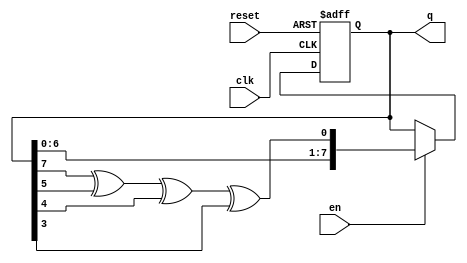
`timescale 1ns / 1ps
//////////////////////////////////////////////////////////////////////////////////
// Company: 
// Engineer: 
// 
// Design Name: 
// Module Name: random
// Project Name: 
// Target Devices: 
// Tool Versions: 
// Description: 
// 
// Dependencies: 
// 
// Revision:
// Revision 0.01 - File Created
// Additional Comments:
// 
//////////////////////////////////////////////////////////////////////////////////


module random(input clk, reset, en, output reg [7:0] q);
  always @(posedge clk or posedge reset) begin
    if (reset)
      q <= 8'd1; 
    else if (en)
      q <= {q[6:0], q[7] ^ q[5] ^ q[4] ^ q[3]}; // polynomial for maximal LFSR
  end
endmodule